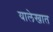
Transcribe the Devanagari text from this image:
यालेखात